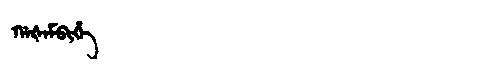
Manchu: ᡤᠠᡧᠠᠮᠪᡳᡥᡝ
Romanization: GAŠAMBIHE